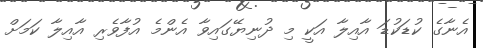
އެނާގެ ކުޑަކުޑަ އާއިލާ އަކީ މި ދުނިޔޭގައިވާ އެންމެ އުފާވެރި އާއިލާ ކަމަށް